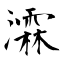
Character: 瀮